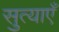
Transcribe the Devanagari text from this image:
सुत्याएँ